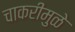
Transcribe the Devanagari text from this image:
चाकरीमुळे